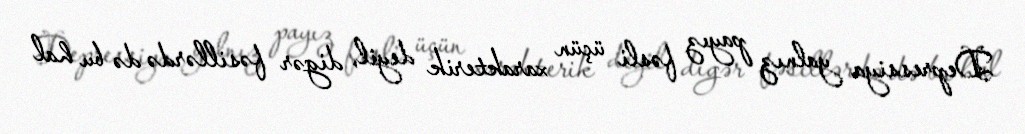
Depressiya yalnız payız fəsli üçün xarakterik deyil, digər fəsillərdə də bu hal